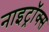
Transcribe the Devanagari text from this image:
नाइट्रॉक्स